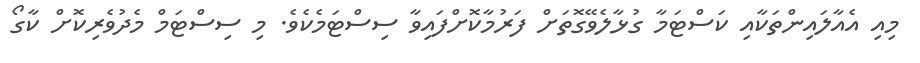
މިއި އެއާލައިންތަކާއި ކަސްޓަމާ ގުޅާލެވޭގޮތަށް ފަރުމާކޮށްފައިވާ ސިސްޓަމެކެވެ. މި ސިސްޓަމް މެދުވެރިކޮށް ކާގޯ